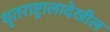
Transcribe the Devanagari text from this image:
धृतराष्ट्रालादेखील